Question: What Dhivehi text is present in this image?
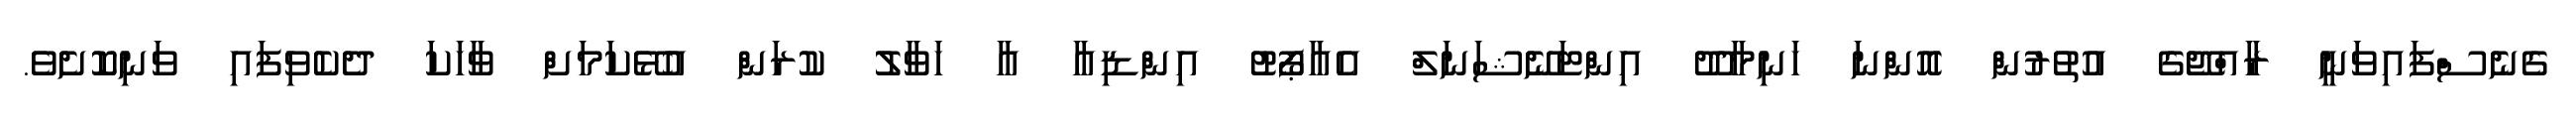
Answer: ގެނެސްފައިވަނީ ރާއްޖޭގެ އުތުރުން އޮންނަ ހަނިމާދޫ އިންޓަނޭޝަނަލް އެއާޕޯޓު އިންޑިއާ އާ ހަވާލު ކުރަން އުޅޭކަމަށް ވާހަކަ ދެކެވިފައި ވަނިކޮށެވެ.